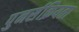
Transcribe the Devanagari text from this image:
पुनर्सक्रियता